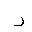
Letter: _ra